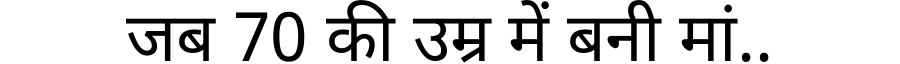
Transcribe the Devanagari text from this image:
जब 70 की उम्र में बनी मां..